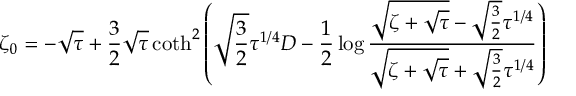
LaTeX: \zeta _ { 0 } = - \sqrt \tau + { \frac { 3 } { 2 } } \sqrt \tau \coth ^ { 2 } \left( \sqrt { \frac { 3 } { 2 } } \tau ^ { 1 / 4 } D - { \frac { 1 } { 2 } } \log { \frac { \sqrt { \zeta + \sqrt \tau } - \sqrt { \frac { 3 } { 2 } } \tau ^ { 1 / 4 } } { \sqrt { \zeta + \sqrt \tau } + \sqrt { \frac { 3 } { 2 } } \tau ^ { 1 / 4 } } } \right)